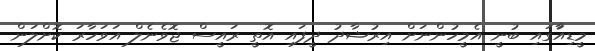
މީޑިއާަގައި ބުނީ އެމީހުންނަށް އިރުޝާދު ދީފައި އޮތީ ރައީސް ޖޮވެނެލް އަވަހާރަ ކޮށްލަން